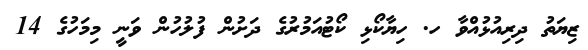
ޒިޔަތު ދިރިއުޅުއްވާ ހ. ހިޔާކޯޅި ކޯޓުއަމުރުގެ ދަށުން ފުލުހުން ވަނީ މިމަހުގެ 14